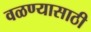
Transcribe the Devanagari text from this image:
वळण्यासाठी